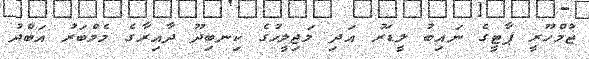
ޖުމްހޫރީ ޕާޓީގެ ނައިބު ލީޑަރު އަދި މަޖިލީހުގެ ކިނބިދޫ ދާއިރާގެ މެމްބަރު އަބްދު